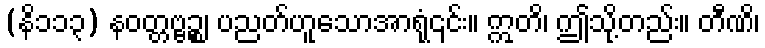
(နိ၁၁၃) နဝတ္တဗ္ဗဉ္စ၊ ပညတ်ဟူသောအာရုံ၎င်း။ ဣတိ၊ ဤသို့တည်း။ တီဏိ၊